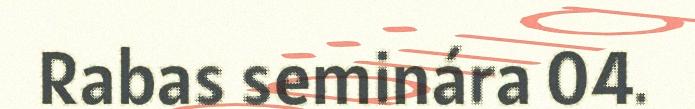
Rabas seminára 04.